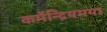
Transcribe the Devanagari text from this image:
कर्मेन्द्रियमया